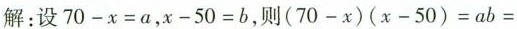
解：设$$7 0 - x = a$$，$$x - 5 0 = b$$，则$$( 7 0 - x ) ( x -5 0 ) = a b =